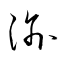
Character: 渝